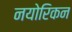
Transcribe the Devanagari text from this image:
नयोरिकन